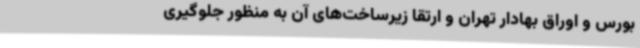
بورس و اوراق بهادار تهران و ارتقا زیرساخت‌های آن به منظور جلوگیری